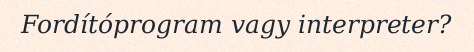
Fordítóprogram vagy interpreter?